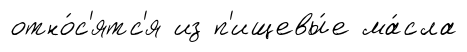
отно́с'ятс'я из п'ищевы́е ма́сла